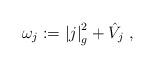
LaTeX: \begin{align*} \omega_j:=\left|j\right|_g^2+\hat V_j\ ,\end{align*}